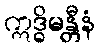
ဣဒ္ဓိမန္တီနံ